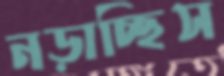
নড়াচ্ছিস